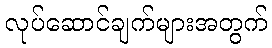
လုပ်ဆောင်ချက်များအတွက်